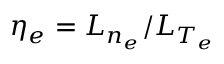
\eta _ { e } = L _ { n _ { e } } / L _ { T _ { e } }